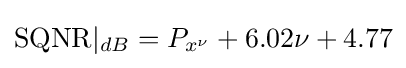
\mathrm {SQNR} |_{dB}=P_{x^{\nu }}+6.02\nu +4.77